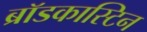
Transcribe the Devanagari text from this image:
ब्रॉडकास्टिन